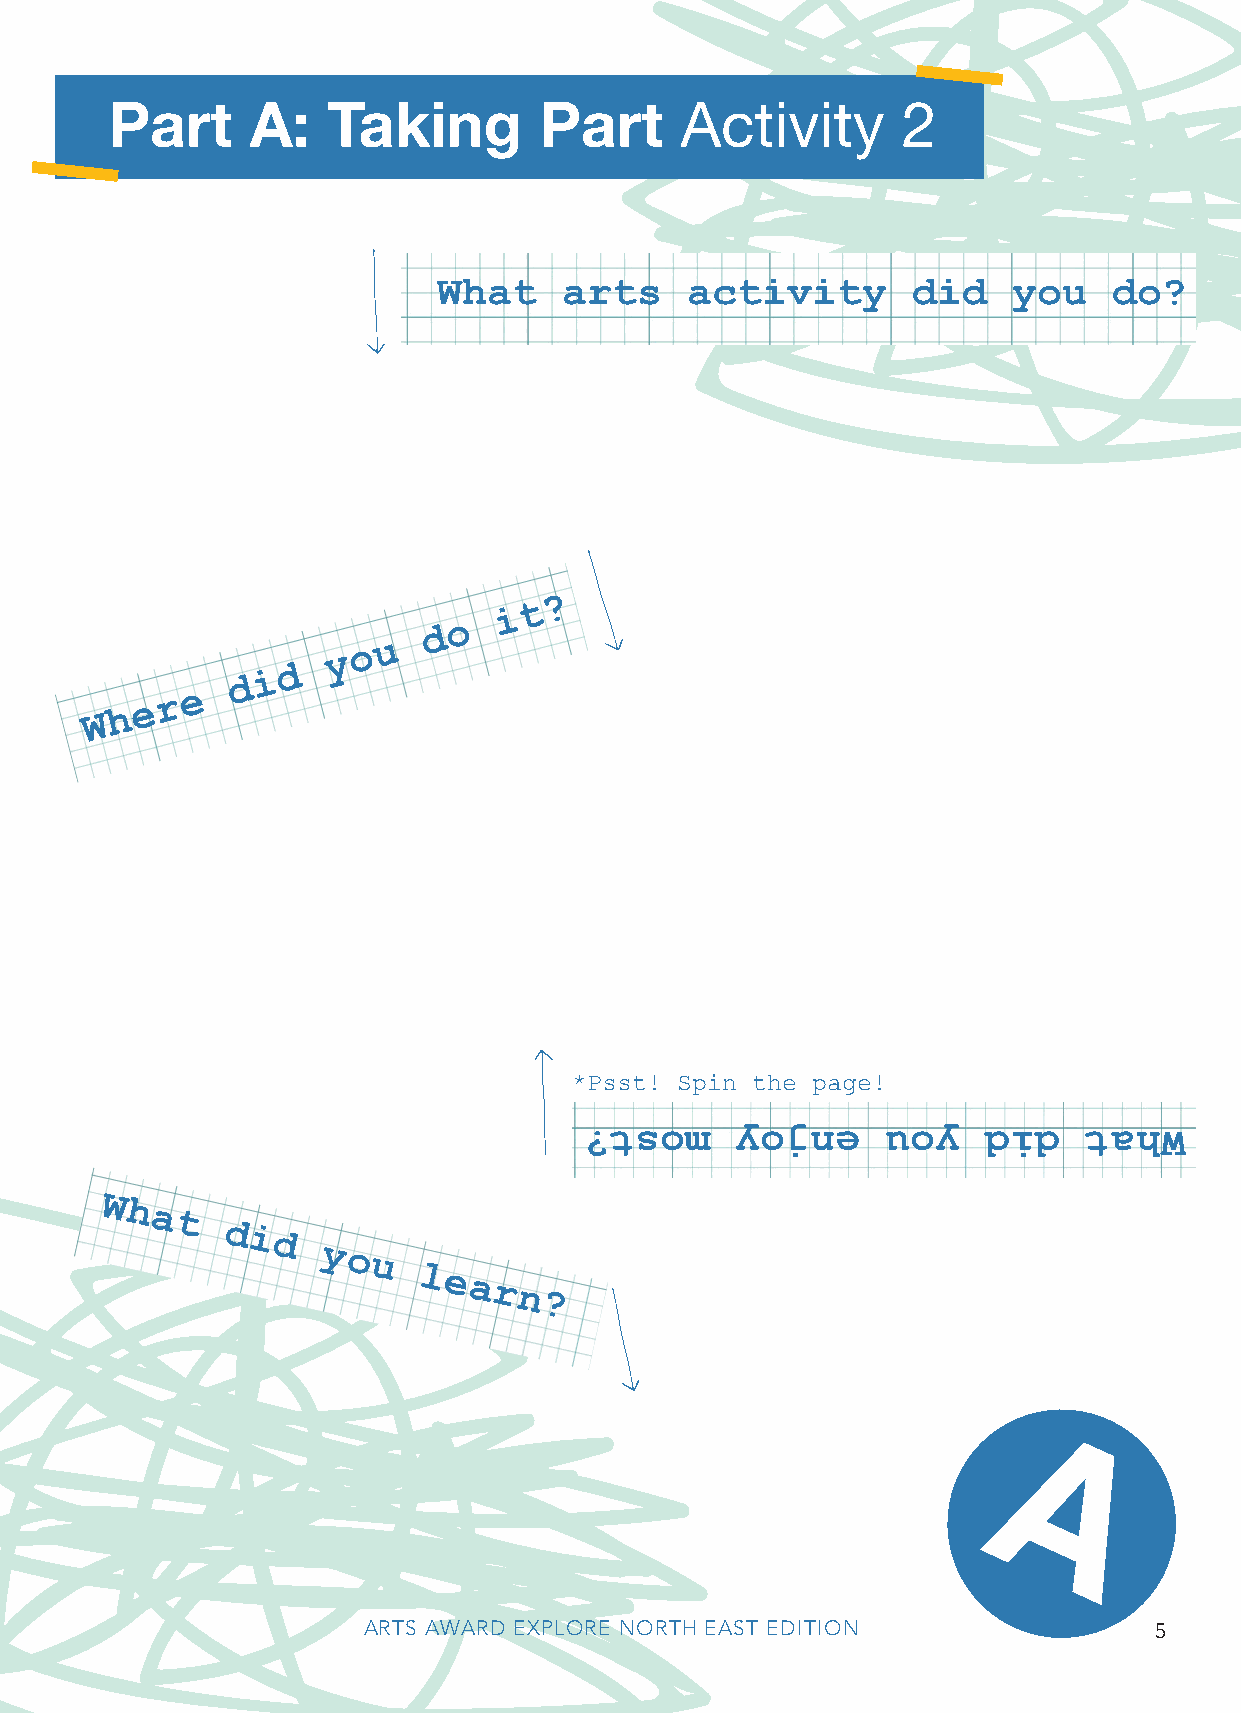
Part      A:   Taking        Part     Activity       2
 What    arts    activity       did    you    do?
 ?
 t
 i
 o
 d
 u
 o
 y
 d
 i
 d
 e
 r
 e
 h
 W
 *Psst! Spin the page!
 ?tsom     yojne     uoy   did    tahW
 What
 did
 you
 learn?
 A
 ARTS AWARD EXPLORE NORTH EAST EDITION               5